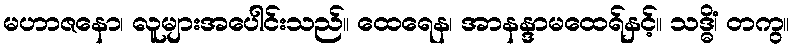
မဟာဇနော၊ လူများအပေါင်းသည်။ ထေရေန၊ အာနန္ဒာမထေရ်နှင့်။ သဒ္ဓိံ၊ တကွ။